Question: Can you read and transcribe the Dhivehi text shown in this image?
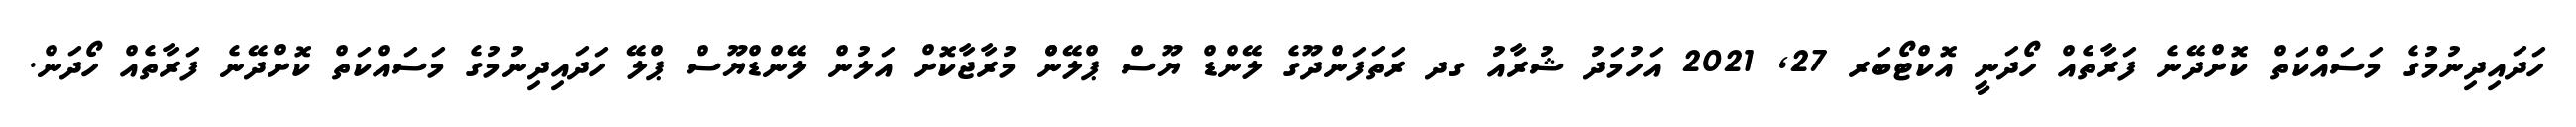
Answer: ހަދައިދިނުމުގެ މަސައްކަތް ކޮށްދޭނެ ފަރާތެއް ހޯދަނީ އޮކްޓޯބަރ 27, 2021 އަހުމަދު ޝުރާއު ގދ ރަތަފަންދޫގެ ލޭންޑް ޔޫސް ޕްލޭންް މުރާޖާކޮށް އަލުން ލޭންޑްޔޫސް ޕްލޭ ހަދައިދިނުމުގެ މަސައްކަތް ކޮށްދޭނެ ފަރާތެއް ހޯދަން.